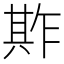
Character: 𠔫